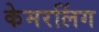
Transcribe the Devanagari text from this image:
केमरलिंग